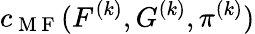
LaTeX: c_{\mathrm{~M~F~}}(F^{(k)},G^{(k)},\pi^{(k)})